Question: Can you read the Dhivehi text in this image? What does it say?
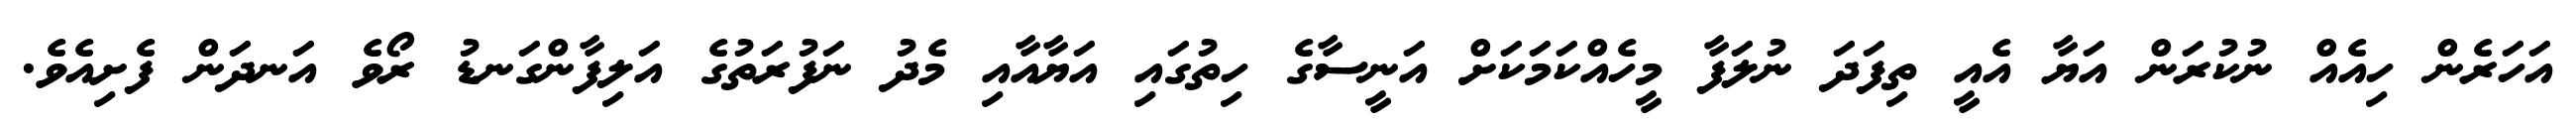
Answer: އަހަރެން ހިއެއް ނުކުރަން އަޔާ އެއީ ތިފަދަ ނުލަފާ މީހެއްކަމަކަށް އަނީސާގެ ހިތުގައި އަޔާއާއި މެދު ނަފުރަތުގެ އަލިފާންގަނޑު ރޯވެ އަނދަން ފެށިއެވެ.